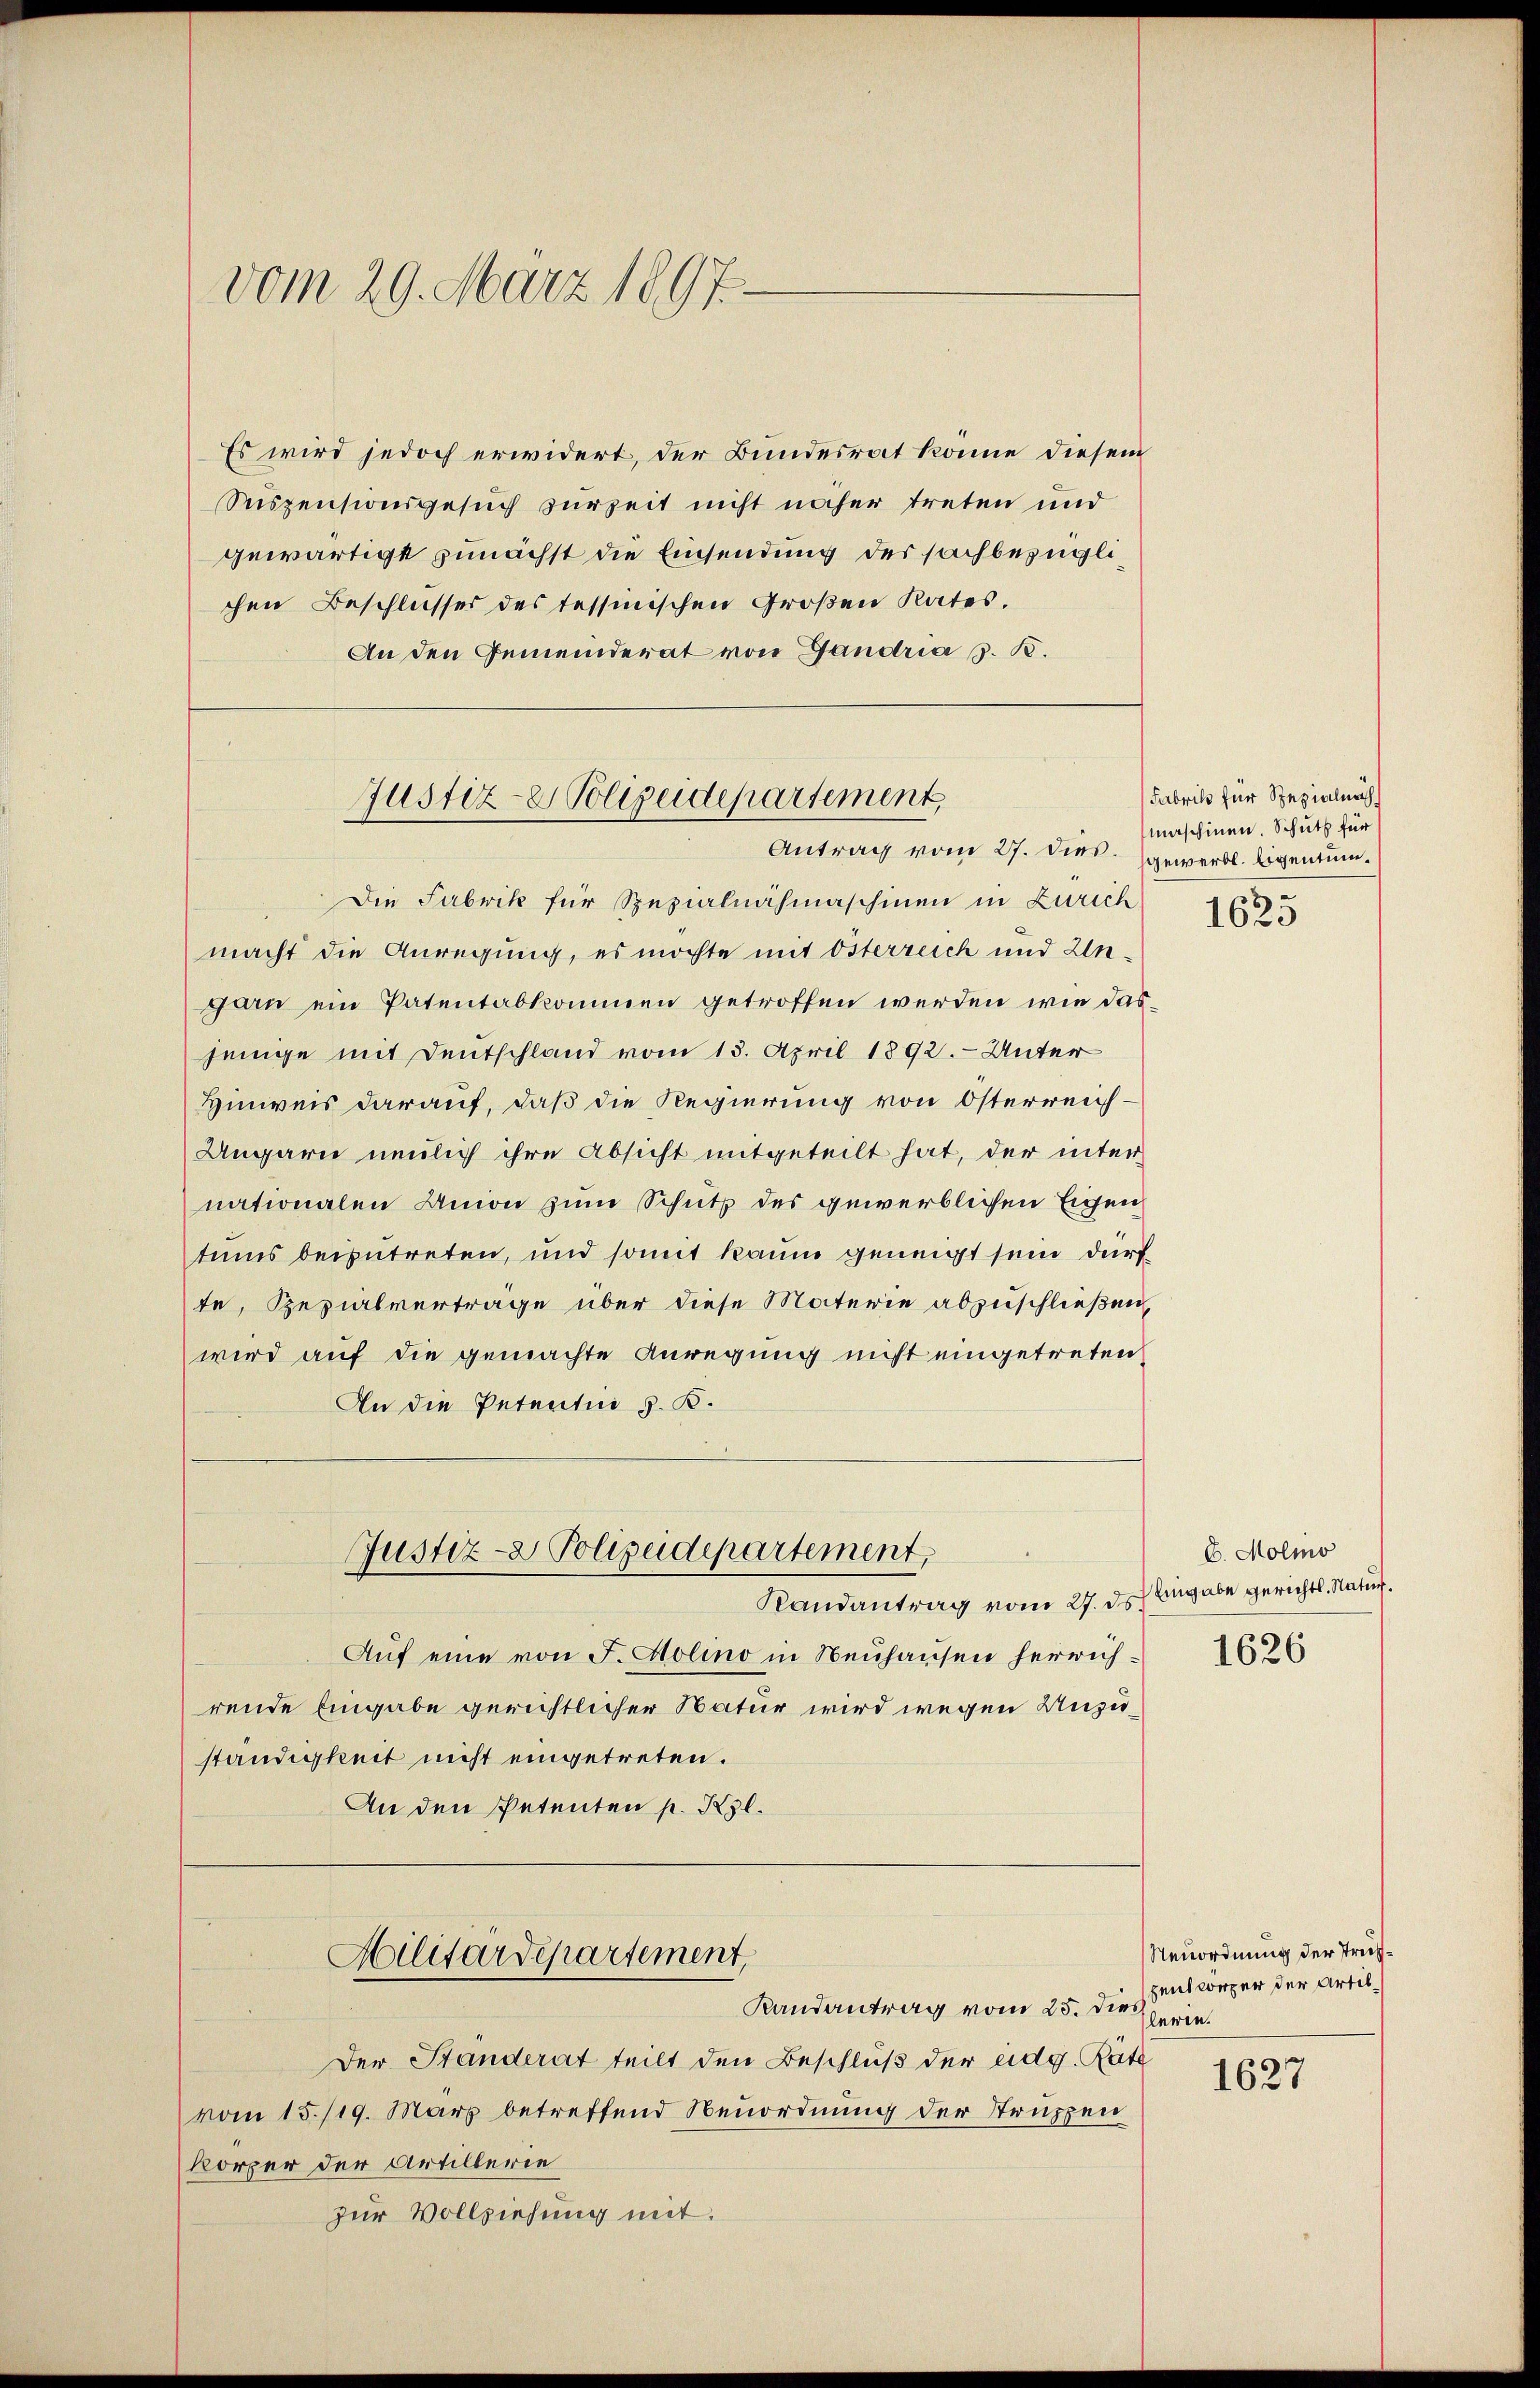
vom 29. März 1897.

Es wird jedoch erwidert, der Bundesrat könne diesem
Sispensionsgesuch zurzeit nicht näher treten und
gewärtigt zunächst die Einsendung des sachbezüglichen Beschlusser des tessinischen Großen Rates.
An den Gemeinderat von Gandria z. B.

Justiz- & Polizeidepartement,
Antrag vom 27. dies gewerbl. legentum.

Die Fabrik für Spezialnähmaschinen in Zürich
macht die Anregung, es möchte mit Osterreich und Ungarn ein Patentabkommen getroffen werden wie das
jenige mit Deutschland vom 13. April 1892. - Unter
Hinweis darauf, daß die Regierung von Österreich¬
Ungarn nedlich ihre Absicht mitgeteilt hat, der internationalen Union zum Schutz des gewerblichen Eigen
tums beizutreten, und somit kaum geneigt sein durf
te, Rezialvertrage über diese Materie abzuschließen,
wird auf die gemachte Anregung nicht eingetreten
An die Petentie z. B.
Justiz- & Polizeidepartement,
Randantrag vom 27. ds.
Auf eine von F. Holino in Neuhausen herrichrende Eingabe gerichtlicher Natur wird wegen Unzuständigkeit nicht eingetreten.
An den Petenten p. Kgl.
Militärdepartement,
Randantrag vom 25. dies
Der Standerat teilt den Beschluß der eidg. Räte
vom 15./19. März betreffend Neuordnung der Struppen
körper der Artillerie
zur Vollziehung mit.

Fabrik für Spezialnach
maschinen. Schutz für
1625

b. Molio
Eingabe gerichtl. Natur.
1626

Neuordnung der Trüshent körper der Artillaren.

1627